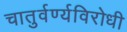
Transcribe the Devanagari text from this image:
चातुर्वर्ण्यविरोधी